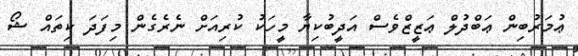
ޢުމަރުބިން ޢަބްދުލް ޢަޒީޒްވެސް އަދީބުކިޔާ މީހަކު ކުރިއަށް ނެރެގެން މިފަދަ ކިތައް ޝޯ